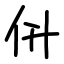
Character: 㐼